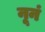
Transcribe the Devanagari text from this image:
नूनं